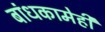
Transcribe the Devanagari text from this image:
बांधकामेही